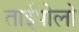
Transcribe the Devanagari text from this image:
ताईपोलो